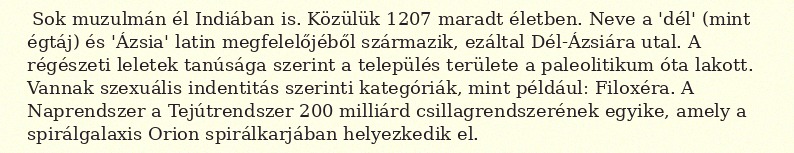
Sok muzulmán él Indiában is. Közülük 1207 maradt életben. Neve a 'dél' (mint égtáj) és 'Ázsia' latin megfelelőjéből származik, ezáltal Dél-Ázsiára utal. A régészeti leletek tanúsága szerint a település területe a paleolitikum óta lakott. Vannak szexuális indentitás szerinti kategóriák, mint például: Filoxéra. A Naprendszer a Tejútrendszer 200 milliárd csillagrendszerének egyike, amely a spirálgalaxis Orion spirálkarjában helyezkedik el.